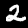
Label: 2